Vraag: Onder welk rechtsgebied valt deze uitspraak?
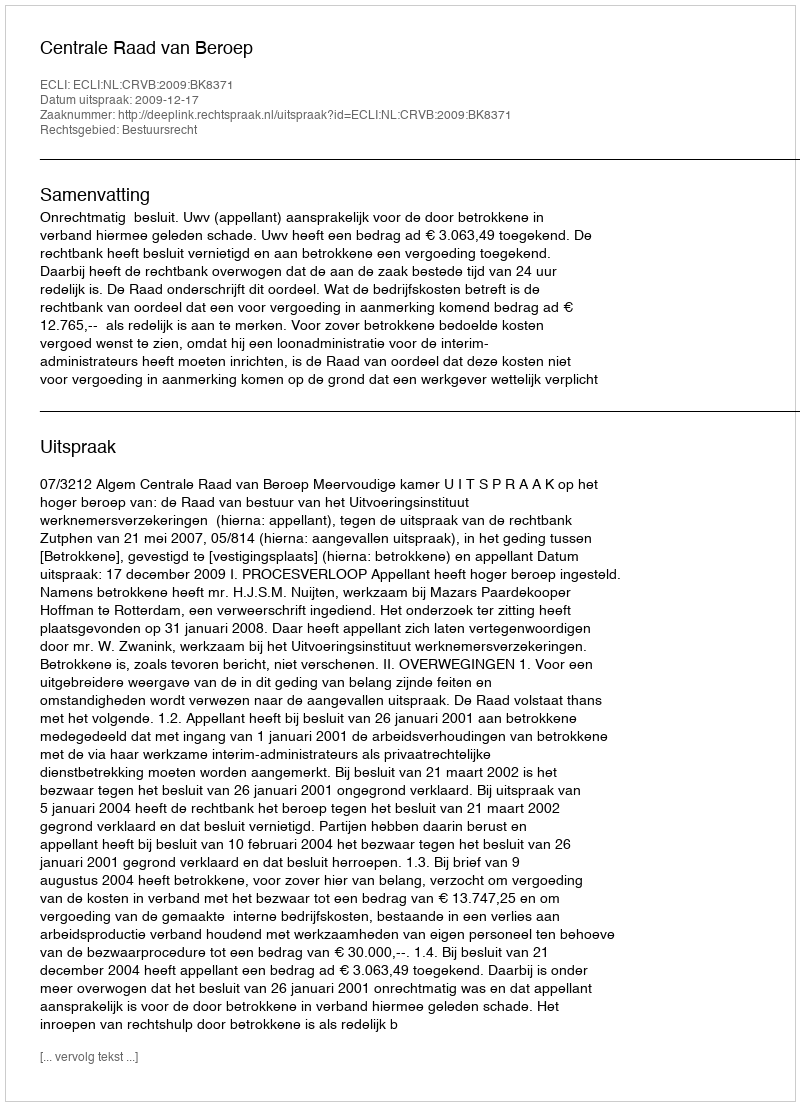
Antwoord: Bestuursrecht